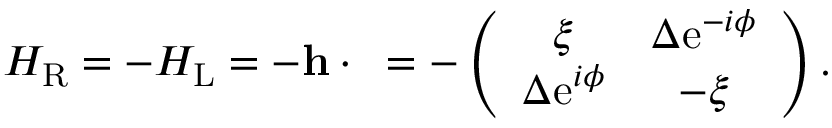
\begin{array} { r } { H _ { \mathrm { R } } = - H _ { \mathrm { L } } = - { \bf h } \cdot { \bf \sigma } = - \left( \begin{array} { c c } { \xi } & { \Delta \mathrm { e } ^ { - i \phi } } \\ { \Delta \mathrm { e } ^ { i \phi } } & { - \xi } \end{array} \right) . } \end{array}